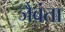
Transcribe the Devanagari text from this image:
जैवंता